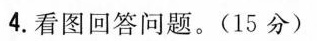
4.看图回答问题。(15分)